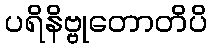
ပရိနိဗ္ဗုတောတိပိ